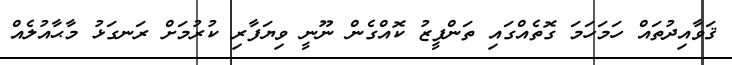
ޤަވާއިދުތައް ހަމަހަމަ ގޮތެއްގައި ތަންފީޒު ކޮއްގެން ނޫނީ ވިޔަފާރި ކުރުމަށް ރަނގަޅު މާޙާއުލެއް